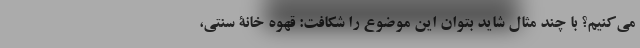
می‌کنیم؟ با چند مثال شاید بتوان این موضوع را شکافت: قهوه خانۀ سنتی،